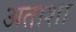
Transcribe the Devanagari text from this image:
अताशा